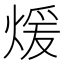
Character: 煖